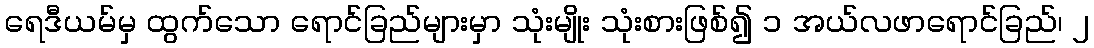
ရေဒီယမ်မှ ထွက်သော ရောင်ခြည်များမှာ သုံးမျိုး သုံးစားဖြစ်၍ ၁ အယ်လဖာရောင်ခြည်၊ ၂